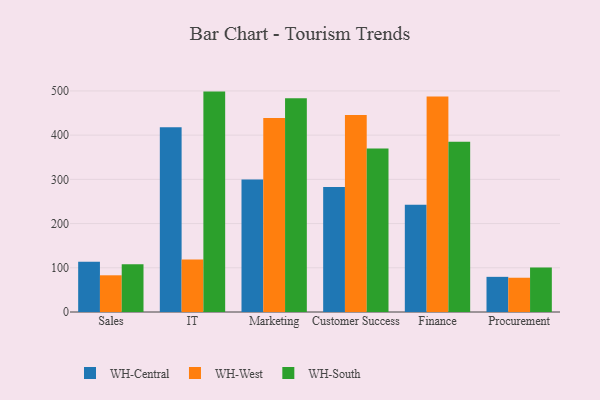
{"axis": {"x": "Department", "y": "Inventory Turnover"}, "legend": ["WH-Central", "WH-South", "WH-West"], "data": [{"x": "Sales", "y": 113.8, "type": "WH-Central"}, {"x": "Sales", "y": 83.0, "type": "WH-West"}, {"x": "Sales", "y": 108.2, "type": "WH-South"}, {"x": "IT", "y": 417.6, "type": "WH-Central"}, {"x": "IT", "y": 118.7, "type": "WH-West"}, {"x": "IT", "y": 498.5, "type": "WH-South"}, {"x": "Marketing", "y": 299.7, "type": "WH-Central"}, {"x": "Marketing", "y": 438.7, "type": "WH-West"}, {"x": "Marketing", "y": 483.7, "type": "WH-South"}, {"x": "Customer Success", "y": 282.5, "type": "WH-Central"}, {"x": "Customer Success", "y": 445.6, "type": "WH-West"}, {"x": "Customer Success", "y": 369.7, "type": "WH-South"}, {"x": "Finance", "y": 242.4, "type": "WH-Central"}, {"x": "Finance", "y": 487.4, "type": "WH-West"}, {"x": "Finance", "y": 385.2, "type": "WH-South"}, {"x": "Procurement", "y": 79.5, "type": "WH-Central"}, {"x": "Procurement", "y": 77.5, "type": "WH-West"}, {"x": "Procurement", "y": 100.9, "type": "WH-South"}]}